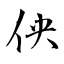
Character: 佒